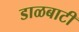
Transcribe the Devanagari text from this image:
डाळबाटी